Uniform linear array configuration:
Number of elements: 12
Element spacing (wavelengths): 0.5
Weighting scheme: binomial
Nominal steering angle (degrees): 60
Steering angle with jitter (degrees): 58.777
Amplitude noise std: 0.05
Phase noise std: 0.05

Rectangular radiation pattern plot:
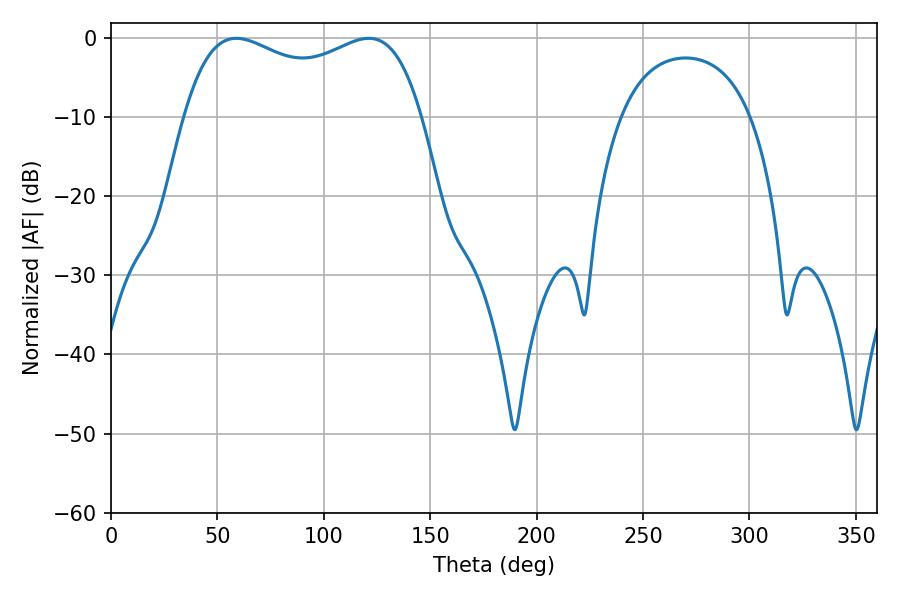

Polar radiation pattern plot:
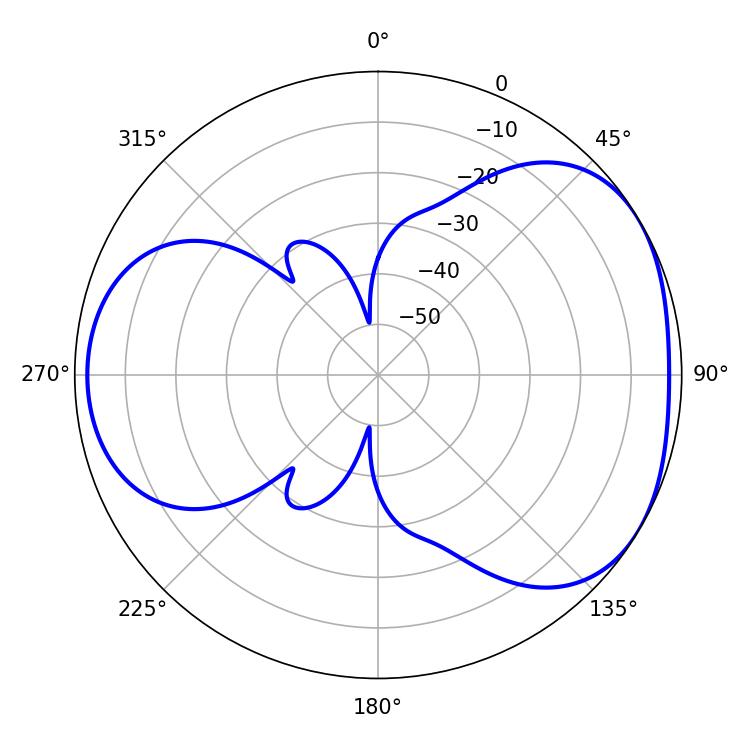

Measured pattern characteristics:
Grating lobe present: FALSE
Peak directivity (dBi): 4.126
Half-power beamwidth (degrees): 91.8
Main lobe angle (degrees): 58.86